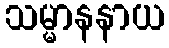
သမ္မာနနာယ